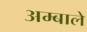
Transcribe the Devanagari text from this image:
अम्बाले